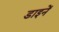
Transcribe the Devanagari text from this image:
डाइनें